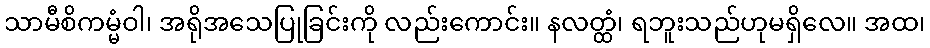
သာမီစိကမ္မံဝါ၊ အရိုအသေပြုခြင်းကို လည်းကောင်း။ နလတ္ထံ၊ ရဘူးသည်ဟုမရှိလေ။ အထ၊